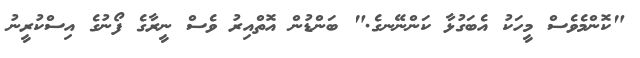
"ކޮންމެވެސް މީހަކު އެބަގުޅާ ކަންނޭނގެ." ބަންޑުން އޮތްއިރު ވެސް ނީރާގެ ފޯނުގެ އިސްކުރީނު